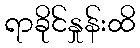
ရာခိုင်နှုန်းထိ